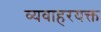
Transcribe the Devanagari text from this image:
व्यवाहरयक्त